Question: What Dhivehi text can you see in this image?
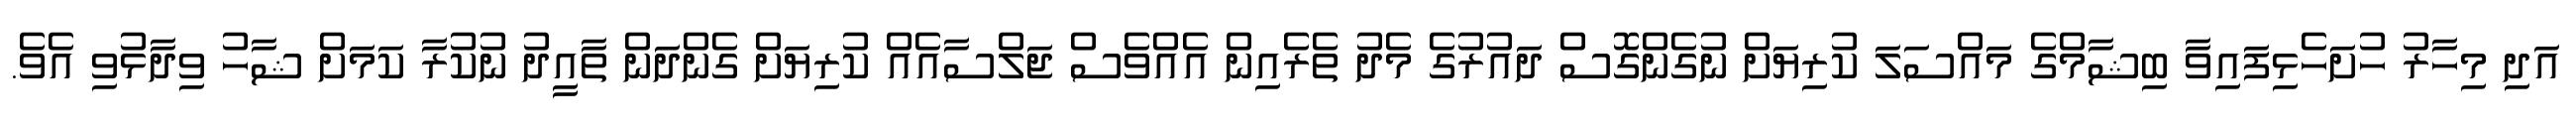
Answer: އަދި މިހާރު ހުށަހެޅިފައިވާ ބިޝާމްގެ މައްސަލަ ކުރިޔަށް ނުގެންގޮސް ދައުރުގެ މެދު ތެރެއިން އެއްވެސް ޖަލްސާއެއް ކުރިޔަށް ގެންދަން ތާއީދު ނުކުރާ ކަމަށް ޝާހު ވިދާޅުވި އެވެ.